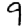
Digit: 9